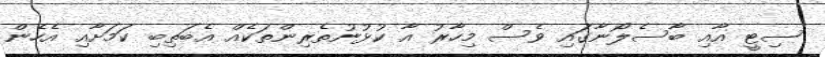
ސިޓީ އާއި ބާސެލޯނާގައި ވެސް މިހާރު އާ ކުޅުނުތެރިންތަކެއް އެބަތިބި ކަމަށާއި އެހެން